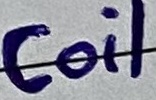
Text: Coil